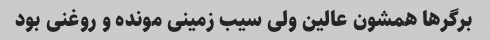
برگرها همشون عالین ولی سیب زمینی مونده و روغنی بود